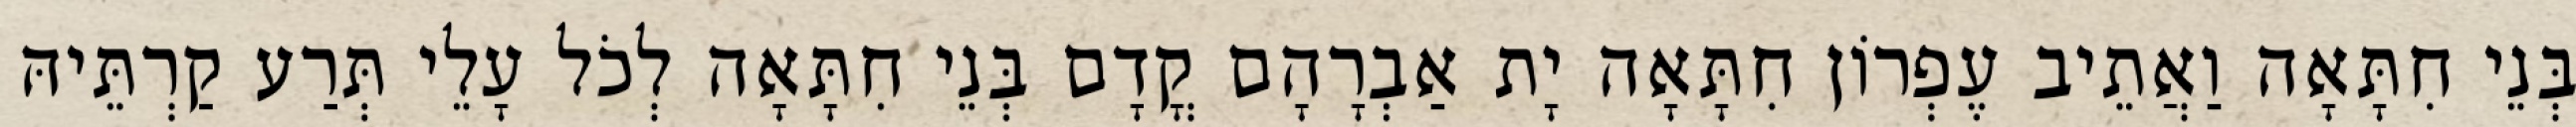
בְּנֵי חִתָּאָה וַאֲתֵיב עֶפְרוֹן חִתָּאָה יָת אַבְרָהָם קֳדָם בְּנֵי חִתָּאָה לְכֹל עָלֵי תְּרַע קַרְתֵּיהּ